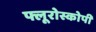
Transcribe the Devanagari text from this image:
फ्लूरोस्कोपी